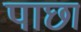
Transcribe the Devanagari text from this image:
पाछा